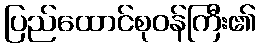
ပြည်ထောင်စုဝန်ကြီး၏